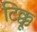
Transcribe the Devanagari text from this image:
टिक्कू